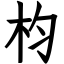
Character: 枃